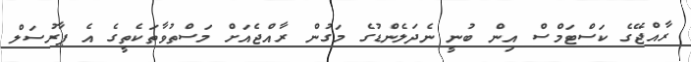
ރާއްޖޭގެ ކަސްޓަމްސް އިން ބުނީ ނެދަލެންޑުގެ މަގުން ރާއްޖެއަށް މަސްތުވާތަކެތީގެ އެ ޕާރުސަލް